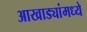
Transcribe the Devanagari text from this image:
आखाड्यांमध्ये